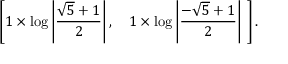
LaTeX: \left[ 1 \times \log \left| { \frac { { \sqrt { 5 } } + 1 } { 2 } } \right| , \quad 1 \times \log \left| { \frac { - { \sqrt { 5 } } + 1 } { 2 } } \right| \ \right] .